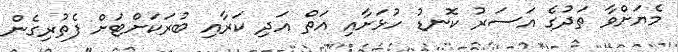
މެޔަށްވާ ތަދުގެ އަސަރު ކޮނޑު ހުޅަށާއި އަތް އަދި ކަރާއި ބުރަކަށްޓަށް ފެތުރިގެން